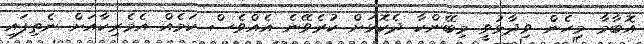
އޮބާމާ މިހެން ވިދާޅުވީ މިބޭންކާ ދެކޮޅަށް ކުރެވޭނެ އެއްވެސް ކަމެއް އެމެރިކާއަށް ނެތިފައި